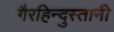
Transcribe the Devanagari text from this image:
गैरहिन्दुस्तानी